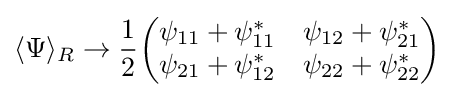
\langle \Psi \rangle _{R}\rightarrow {\frac {1}{2}}{\begin{pmatrix}\psi _{11}+\psi _{11}^{*}&\psi _{12}+\psi _{21}^{*}\\\psi _{21}+\psi _{12}^{*}&\psi _{22}+\psi _{22}^{*}\end{pmatrix}}